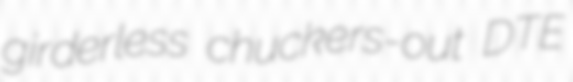
girderless chuckers-out DTE